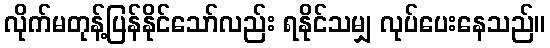
လိုက်မတုန့်ပြန်နိုင်သော်လည်း ရနိုင်သမျှ လုပ်ပေးနေသည်။